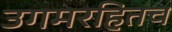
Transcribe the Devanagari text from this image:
उगमरहितच